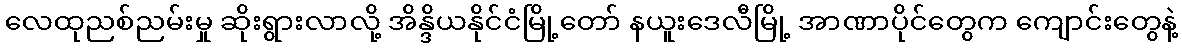
လေထုညစ်ညမ်းမှု ဆိုးရွားလာလို့ အိန္ဒိယနိုင်ငံမြို့တော် နယူးဒေလီမြို့ အာဏာပိုင်တွေက ကျောင်းတွေနဲ့